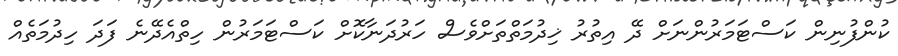
ކުންފުނިން ކަސްޓަމަރުންނަށް ދޭ އިތުރު ޚިދުމަތްތަށްވެސް ހަރުދަނާކޮށް ކަސްޓަމަރުން ހިތްއެދޭނެ ފަދަ ހިދުމަތެއް